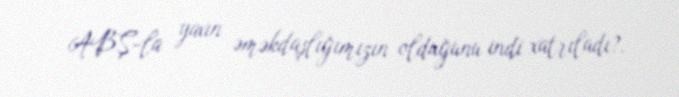
ABŞ-la yaxın əməkdaşlığımızın olduğunu indi xatrıladı?.